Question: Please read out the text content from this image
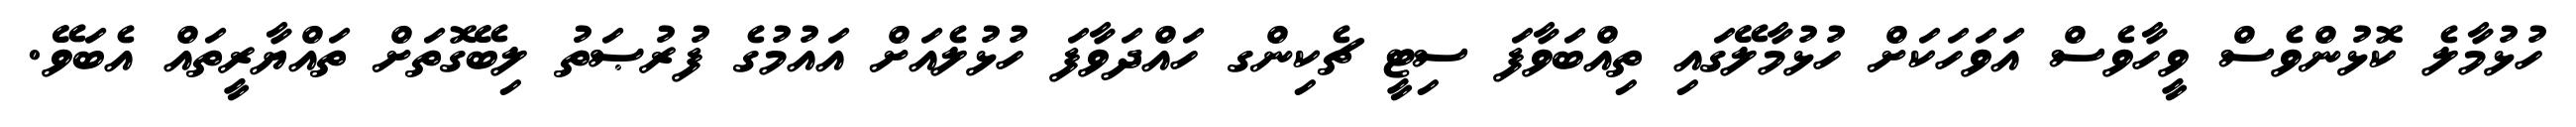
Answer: ހުޅުމާލެ ކޮޅުންވެސް ވީހާވެސް އަވަހަކަށް ހުޅުމާލޭގައި ތިއްބަވާފަ ސިޓީ ޗެކިންގ ހައްދަވާފަ ހުޅުލެއަށް އައުމުގެ ފުރުޞަތު ލިބޭގޮތަށް ތައްޔާރީތައް އެބަވޭ.